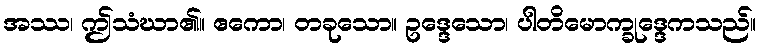
အဿ၊ ဤသံဃာ၏။ ဧကော၊ တခုသော။ ဥဒ္ဒေသော၊ ပါတိမောက္ခုဒ္ဒေကသည်။